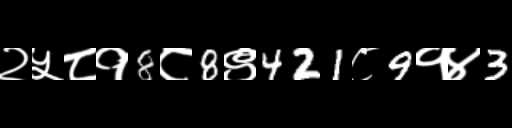
Text: २५८१8८8९421८9१४3